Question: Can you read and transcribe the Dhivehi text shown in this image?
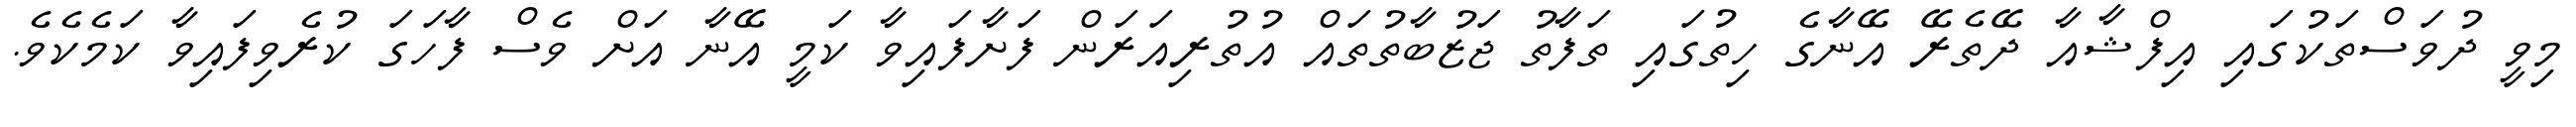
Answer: މިވީ ދުވަސްތަކުގައި އިފްޝާއާ ދޭތެރޭ އޭނާގެ ހިތުގައި ތަފާތު ޖަޒުބާތުތައް އުތުރިއަރަން ފަށާފައިވާ ކަމީ އޭނާ އަށް ވެސް ފާހަގަ ކުރެވިފައިވާ ކަމެކެވެ.